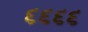
૬૬૬૬